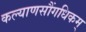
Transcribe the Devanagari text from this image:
कल्याणसौंगधिकम्